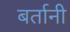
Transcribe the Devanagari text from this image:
बर्तानी